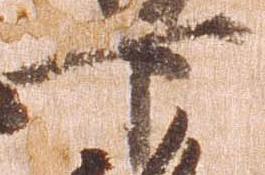
下